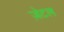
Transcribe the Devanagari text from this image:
ज़ेटल